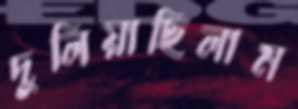
দুলিয়াছিলাম